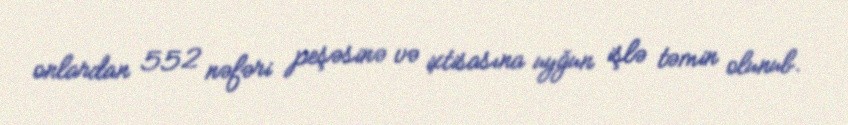
onlardan 552 nəfəri peşəsinə və ixtisasına uyğun işlə təmin olunub.